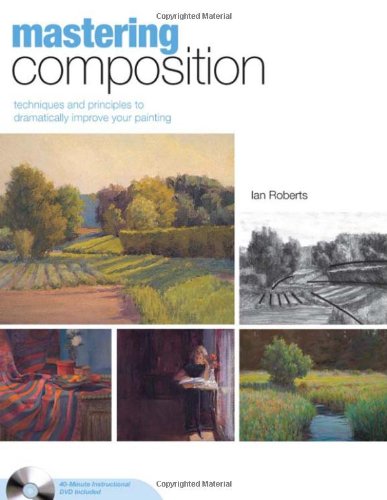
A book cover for Mastering Composition: Techniques and Principles to Dramatically Improve Your Painting (Mastering (North Light Books)); Ian Roberts; Arts & Photography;